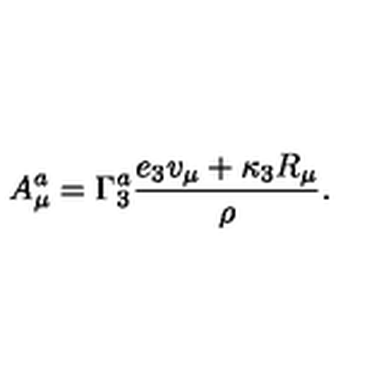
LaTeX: A _ { \mu } ^ { a } = \Gamma _ { 3 } ^ { a } { \frac { e _ { 3 } v _ { \mu } + \kappa _ { 3 } R _ { \mu } } { \rho } } .